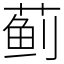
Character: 蓟